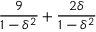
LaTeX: { \frac { 9 } { 1 - \delta ^ { 2 } } } + { \frac { 2 \delta } { 1 - \delta ^ { 2 } } }